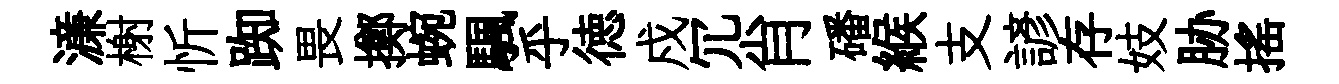
濓榭忻踟畏擲蜿颿乎徳戍冗肖磻緱支諺存妓胁搖